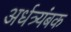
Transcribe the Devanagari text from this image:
अर्धत्र्यंबक